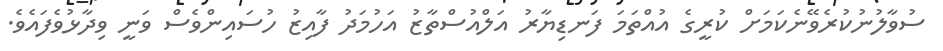
ސުވާލުނުކުރެވޭނެކަމަށް ކުރީގެ އުއްތަމަ ފަނޑިޔާރު އަލްއުސްތާޒު އަހުމަދު ފާއިޒު ހުސައިންވެސް ވަނީ ވިދާޅުވެފައެވެ.